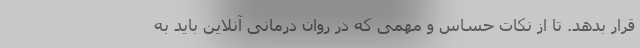
قرار بدهد. تا از نکات حساس و مهمی که در روان درمانی آنلاین باید به